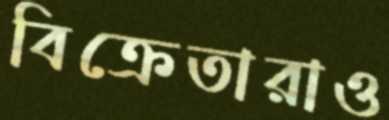
বিক্রেতারাও